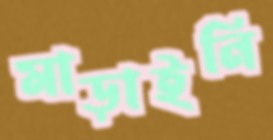
মাড়াইনি